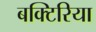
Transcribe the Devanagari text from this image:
बक्टिरिया